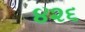
૪૨૬